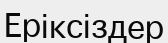
Еріксіздер